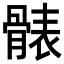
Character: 𩩩